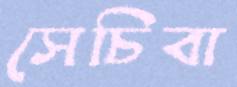
সেচিবা